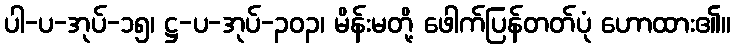
ပါ-ပ-အုပ်-၁၅၊ ဋ္ဌ-ပ-အုပ်-၃၀၃၊ မိန်းမတို့ ဖေါက်ပြန်တတ်ပုံ ဟောထား၏။